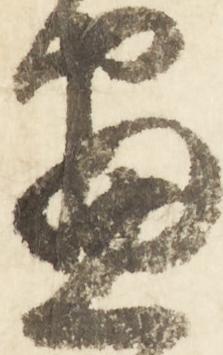
昼